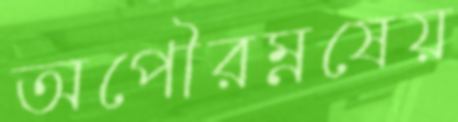
অপৌরম্নষেয়